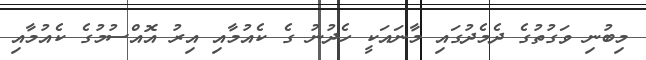
މިބުނި ވަގުތުގެ ދެމެދުގައި މާނައަކީ ހެދުނު ގެ ކެއުމާއި އިރު އޮއްސުމުގެ ކެއުމާއި